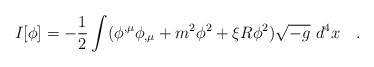
\begin{align*}I[\phi]=-\frac 12\int(\phi^{,\mu}\phi_{,\mu}+m^2\phi^2+\xi R\phi^2)\sqrt{-g}~d^4x~~~.\end{align*}